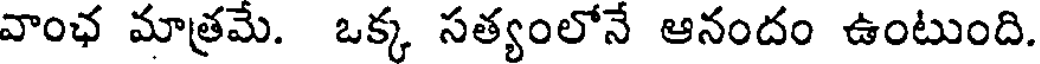
వాంఛ మాత్రమే. ఒక్క సత్యంలోనే ఆనందం ఉంటుంది.